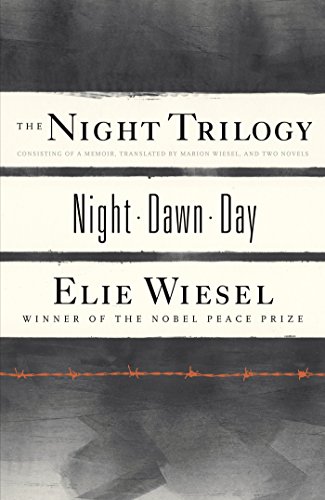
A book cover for The Night Trilogy: Night, Dawn, Day; Elie Wiesel; Literature & Fiction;